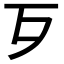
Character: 𣦶